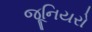
જૂનિયરો